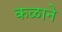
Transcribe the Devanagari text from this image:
कळाने